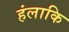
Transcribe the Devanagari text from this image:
हंलाकि